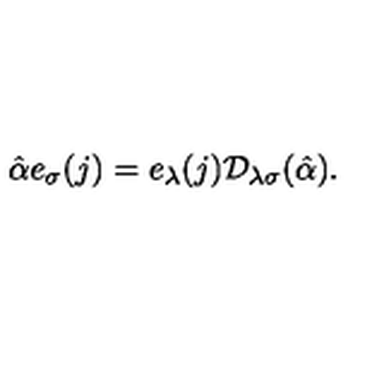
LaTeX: \hat { \alpha } e _ { \sigma } ( j ) = e _ { \lambda } ( j ) { \cal D } _ { \lambda \sigma } ( \hat { \alpha } ) .